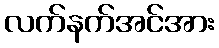
လက်နက်အင်အား